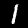
Digit: 1